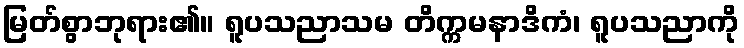
မြတ်စွာဘုရား၏။ ရူပသညာသမ တိက္ကမနာဒိကံ၊ ရူပသညာကို